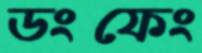
ডংফেং